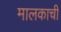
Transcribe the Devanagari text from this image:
मालकाची